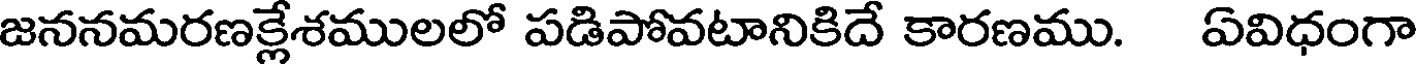
జననమరణక్లేశములలో పడిపోవటానికిదే కారణము. ఏవిధంగా